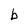
Character: b